Day School Certificate (Lower), 1932
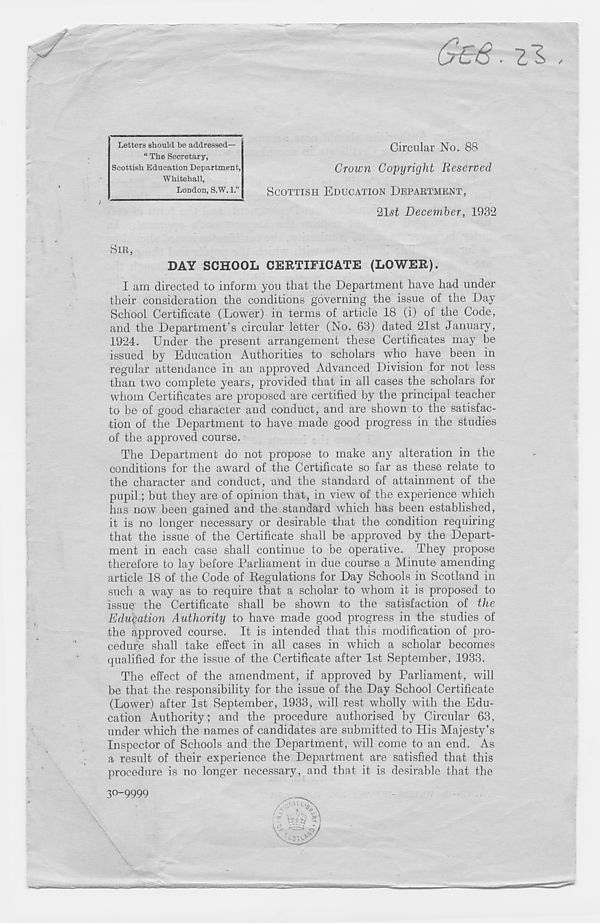
(jrE& . Z S
Circular No. 88
Crown Copyright Reserved
SCOTTISH EDUCATION DEPAETMENT,
0,1st December, 1932
SIR,
DAY SCHOOL CERTIFICATE (LOWER).
I am directed to inform you that the Department have had under
their consideration the conditions governing the issue of the Day
School Certificate (Lower) in terms of article 18 (i) of the Code,
and the Department’s circular letter (No. 63) dated 21st January,
1924. Under the present arrangement these Certificates may be
issued by Education Authorities to scholars who have been in
regular attendance in an approved Advanced Division for not less
than two complete years, provided that in all cases the scholars for
whom Certificates are proposed are certified by the principal teacher
to be of good character and conduct, and are shown to the satisfac-
tion of the Department to have made good progress in the studies
of the approved course.
The Department do not propose to make any alteration in the
conditions for the award of the Certificate so far as these relate to
the character and conduct, and the standard of attainment of the
pupil; but they are of opinion that, in view of the experience which
has now been gained and the standard which has been established,
it is no longer necessary or desirable that the condition requiring
that the issue of the Certificate shall be approved by the Depart-
ment in each case shall continue to be operative. They propose
therefore to lay before Parliament in due course a Minute amending
article 18 of the Code of Regulations for Day Schools in Scotland in
such a way as to require that a scholar to whom it is proposed to
issue the Certificate shall be shown to the satisfaction of the
Education Authority to have made good progress in the studies of
the approved course. It is intended that this modification of pro-
cedure shall take effect in all cases in which a scholar becomes
qualified for the issue of the Certificate after 1st September, 1933.
The effect of the amendment, if approved by Parliament, will
be that the responsibility for the issue of the Day School Certificate
(Lower) after 1st September, 1933, will rest wholly with the Edu-
cation Authority; and the procedure authorised by Circular 63,
under which the names of candidates are submitted to His Majesty’s
Inspector of Schools and the Department, will come to an end. As
a result of their experience the Department are satisfied that this
procedure is no longer necessary, and that it is desirable that the
Letters should be addressed—
“ The Secretary,
Scottish Education Department,
Whitehall,
London, S.W. 1.”